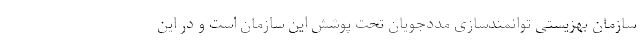
سازمان بهزیستی توانمندسازی مددجویان تحت پوشش این سازمان است و در این